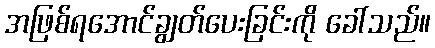
အဖြစ်ရအောင်ချွတ်ပေးခြင်းကို ခေါ်သည်။